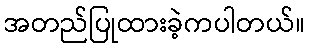
အတည်ပြုထားခဲ့ကပါတယ်။